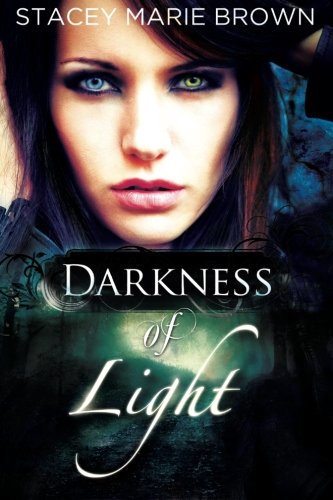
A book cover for Darkness Of Light (Darkness Series Book 1); Stacey Marie Brown; Science Fiction & Fantasy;